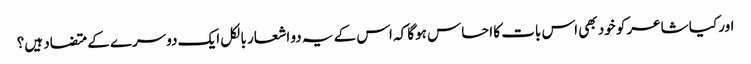
اور کیا شاعر کو خود بھی اس بات کا احساس ہوگا کہ اس کے یہ دو اشعار بالکل ایک دوسرے کے متضاد ہیں؟